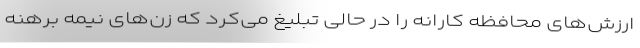
ارزش‌های محافظه کارانه را در حالی تبلیغ می‌کرد که زن‌های نیمه برهنه